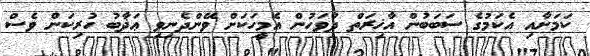
ކަމަށާއި އެކަމުގެ ސަބަބުން އާޚިރަތް ދުވަހުން އެމީހަކަށް ވޭންދެނިވި ޢަޛާބު ހުރިކަން ވެސް